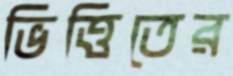
ভিত্তিতের